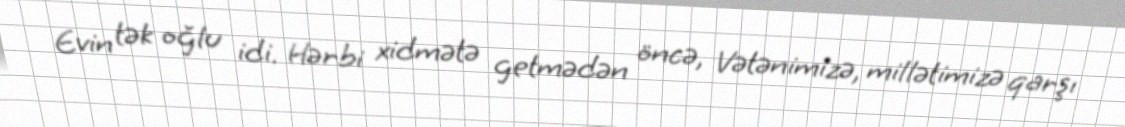
Evin tək oğlu idi. Hərbi xidmətə getmədən öncə, Vətənimizə, millətimizə qarşı